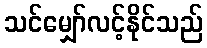
သင်မျှော်လင့်နိုင်သည်